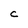
Character: C